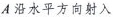
A沿水平方向射入